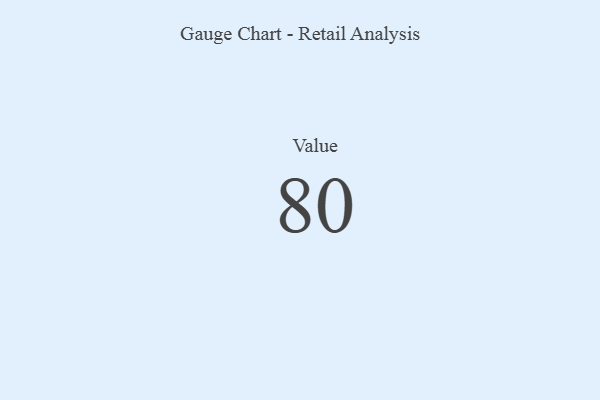
{"axis": {"x": "Metric", "y": "Value"}, "legend": [""], "data": [{"x": "Value", "y": 80, "type": ""}]}